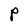
Character: P